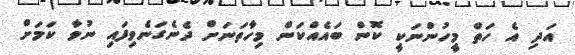
އަދި އެ ހަތް މީހުންނަކީ ކޮން ބައެއްކަން މިހާތަނަށް ދެނެގަނެވިފައި ނުވާ ކަމަށް